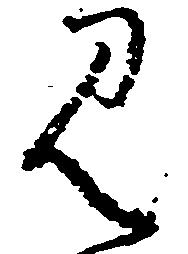
み